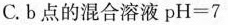
C.b点的混合溶液$$pH=7$$